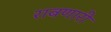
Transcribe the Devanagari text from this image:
राबणारी